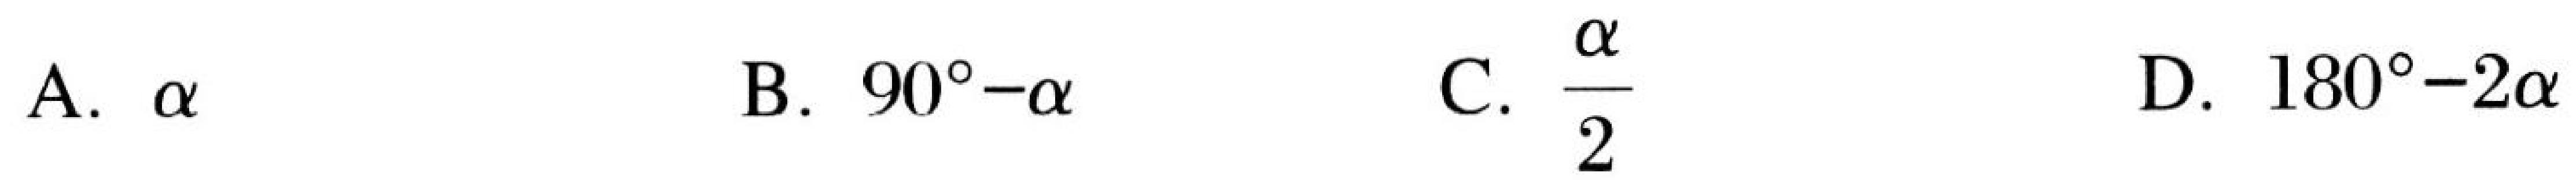
A. \(\alpha\)  B. \(90^{\circ}-\alpha\)  C. \(\dfrac{\alpha}{2}\)  D. \(180^{\circ}-2\alpha\)